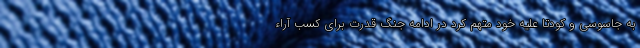
به جاسوسی و کودتا علیه خود متهم کرد در ادامه جنگ قدرت برای کسب آراء